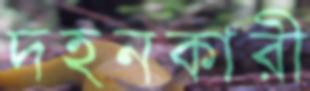
দহনকারী